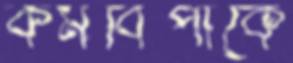
কর্মবিপাকে